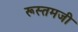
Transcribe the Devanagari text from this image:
रूस्‍तमजी